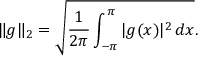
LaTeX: \| g \| _ { 2 } = { \sqrt { { \frac { 1 } { 2 \pi } } \int _ { - \pi } ^ { \pi } | g ( x ) | ^ { 2 } \, d x } } .